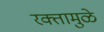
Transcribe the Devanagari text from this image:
रक्तामुळे